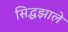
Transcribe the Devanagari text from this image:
सिद्धझाले